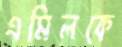
এমিলকে